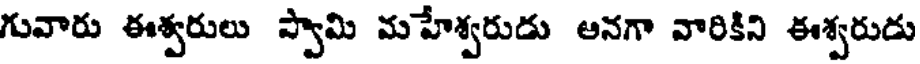
గువారు ఈశ్వరులు స్వామి మహేశ్వరుడు ఆనగా వారికిని ఈశ్వరుడు